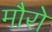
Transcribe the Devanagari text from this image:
मौरो